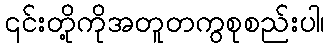
၎င်းတို့ကိုအတူတကွစုစည်းပါ၊